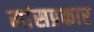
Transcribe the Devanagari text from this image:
मांसप्रकार